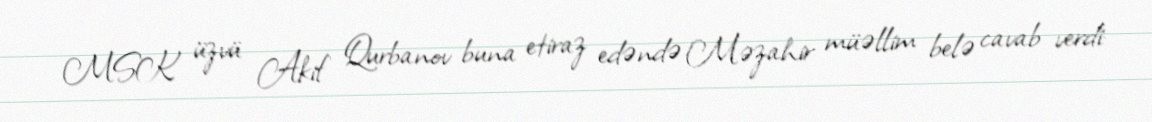
MSK üzvü Akif Qurbanov buna etiraz edəndə Məzahir müəllim belə cavab verdi: